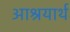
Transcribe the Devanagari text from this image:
आश्रयार्थ